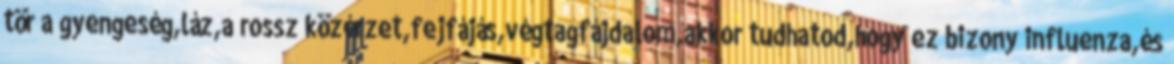
tör a gyengeség,láz,a rossz közérzet,fejfájás,végtagfájdalom,akkor tudhatod,hogy ez bizony influenza,és